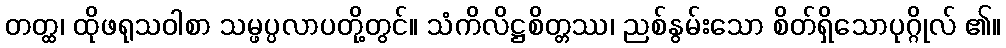
တတ္ထ၊ ထိုဖရုသဝါစာ သမ္ဖပ္ပလာပတို့တွင်။ သံကိလိဋ္ဌစိတ္တဿ၊ ညစ်နွမ်းသော စိတ်ရှိသောပုဂ္ဂိုလ် ၏။